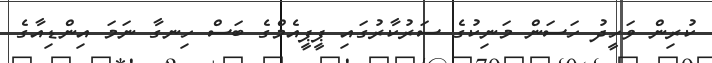
ކުރިން ވަހީދު ހަސަން މަނިކުގެ ސަރުކާރުގައި ޕީޕީއެމްގެ ބަސް ހިނގާ ނަމަ އިންޑިއާގެ